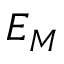
E _ { M }